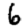
Digit: 6